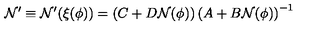
{ \cal N } ^ { \prime } \equiv { \cal N } ^ { \prime } ( \xi ( \phi ) ) = \left( C + D { \cal N } ( \phi ) \right) \left( A + B { \cal N } ( \phi ) \right) ^ { - 1 }